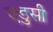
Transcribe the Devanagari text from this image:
एडुसी